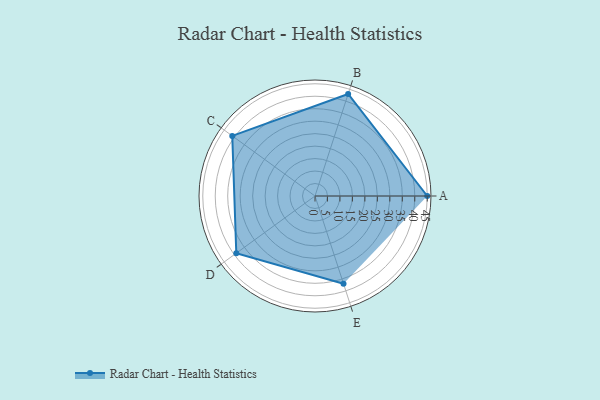
{"axis": {"x": "Skill", "y": "Score"}, "legend": ["Profile"], "data": [{"x": "A", "y": 45.0, "type": "Profile"}, {"x": "B", "y": 43.0, "type": "Profile"}, {"x": "C", "y": 41.0, "type": "Profile"}, {"x": "D", "y": 39.0, "type": "Profile"}, {"x": "E", "y": 37.0, "type": "Profile"}]}